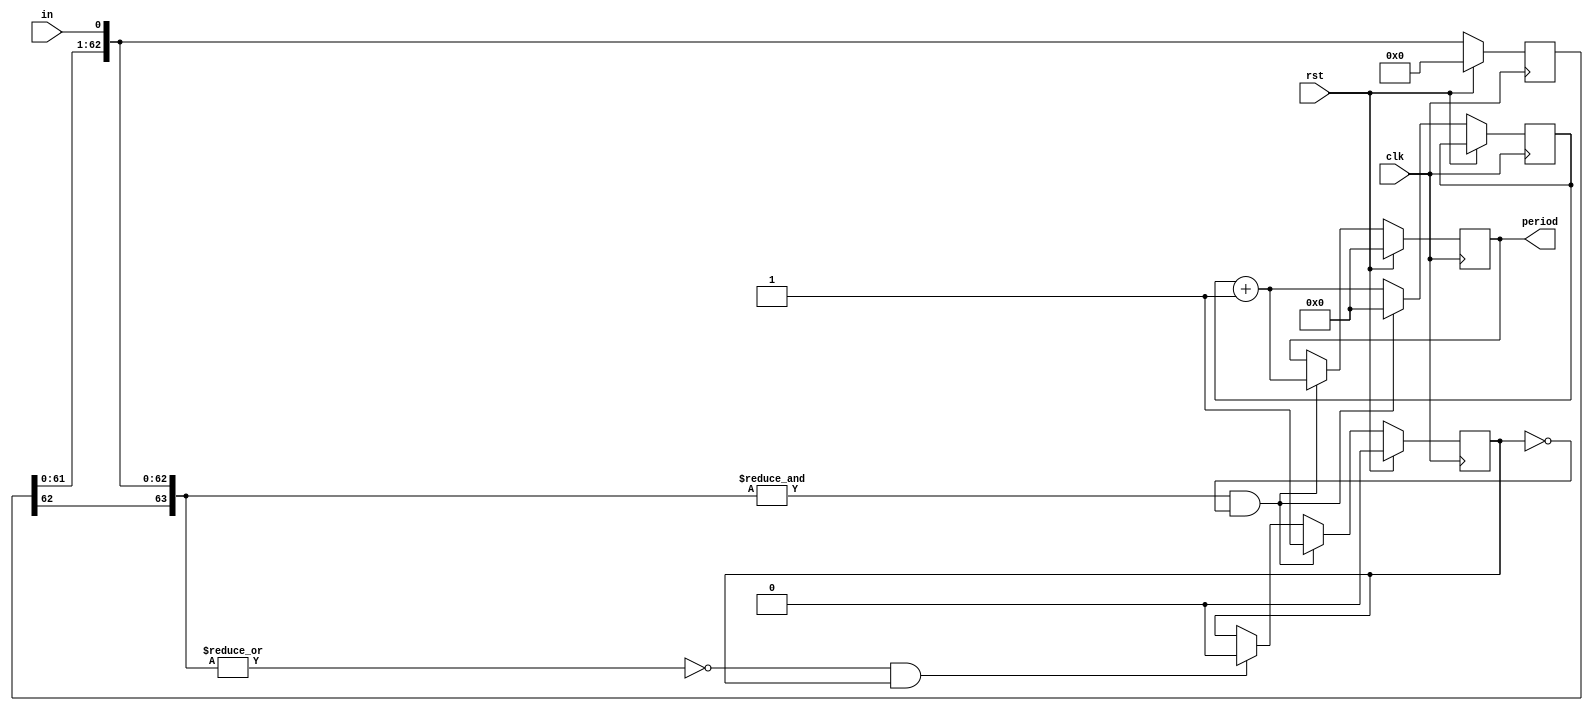
module countgen_counter(
  clk,
  rst,
  in,
  period);

  parameter scan_window = 64;

  input wire clk;
  input wire rst;
  input wire in;
  output reg [31:0] period;

  reg [scan_window-1:0] past;
  reg [31:0] counter;
  reg state;

  always @(posedge clk) begin
    if (rst) begin
      period <= 0;
      past <= 0;
      state <= 0;
    end else begin
      past = {past[scan_window-2:0], in};
      if (& past[scan_window-1:0] && ~state) begin
        period <= counter + 1;
        counter <= 0;
        state <= 1;
      end else if (~|past[scan_window-1:0] && state) begin
        state <= 0;
        counter <= counter + 1;      
      end else begin
       counter <= counter + 1;      
      end
    end

  end
       
endmodule